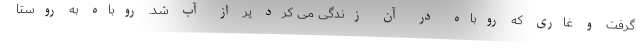
گرفت و غاری که روباه در آن زندگی می کرد پر از آب شد. روباه به روستا